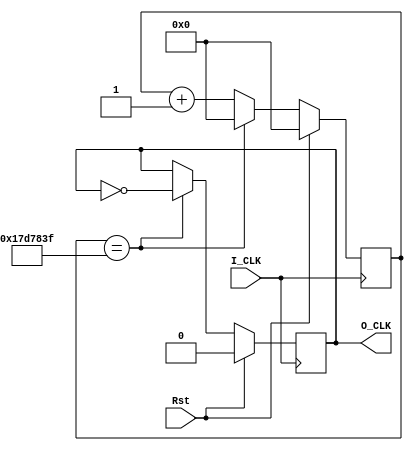
`timescale 1ns / 1ps
//////////////////////////////////////////////////////////////////////////////////
// Company: 
// Engineer: 
// 
// Design Name: 
// Module Name: Divider_clk
// Project Name: 
// Target Devices: 
// Tool Versions: 
// Description: 
// 
// Dependencies: 
// 
// Revision:
// Revision 0.01 - File Created
// Additional Comments:
// 
//////////////////////////////////////////////////////////////////////////////////


module Divider_instr(input I_CLK,input Rst,output reg O_CLK);
reg [27:0]cnt;
parameter N=50000000;
always@(posedge I_CLK)
begin
if(Rst)
begin
cnt<=0;
O_CLK<=0;
end
else
begin
if(cnt==N/2-1)
 begin O_CLK <= !O_CLK; cnt<=0; end
else
cnt <= cnt + 1;
end
end
endmodule